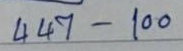
447 - 100